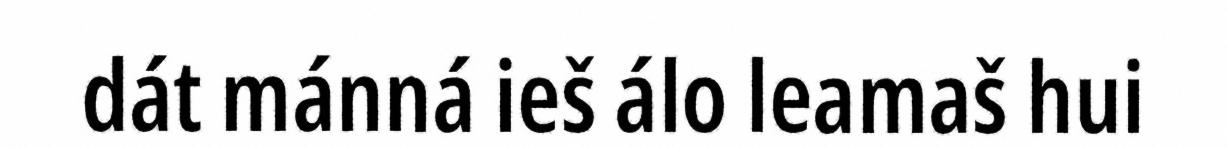
dát mánná ieš álo leamaš hui